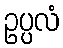
ဥပ္ပလံ